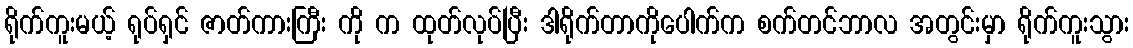
ရိုက်ကူးမယ့် ရုပ်ရှင် ဇာတ်ကားကြီး ကို က ထုတ်လုပ်ပြီး ဒါရိုက်တာကိုပေါက်က စက်တင်ဘာလ အတွင်းမှာ ရိုက်ကူးသွား